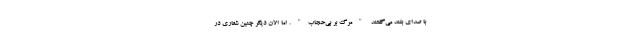
با صدای بلند می‌گفتند "مرگ بر بی‌حجاب". اما الان دیگر چنین شعاری در